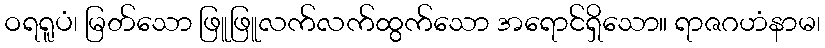
ဝရရူပံ၊ မြတ်သော ဖြူဖြူလက်လက်ထွက်သော အရောင်ရှိသော။ ရာဇဂဟံနာမ၊